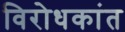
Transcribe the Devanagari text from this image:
विरोधकांत